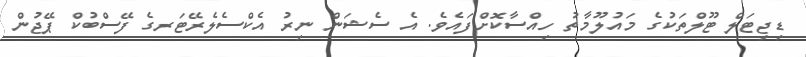
ޑިޖިޓަލް ޓޫލްތަކުގެ މައުލޫމާތު ހިއްސާކޮށްފައެވެ. އެ ސެޝަން ނިރު އެކްސެލެރޭޓަރގެ ފޭސްބުކް ޕޭޖުން